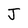
Character: J